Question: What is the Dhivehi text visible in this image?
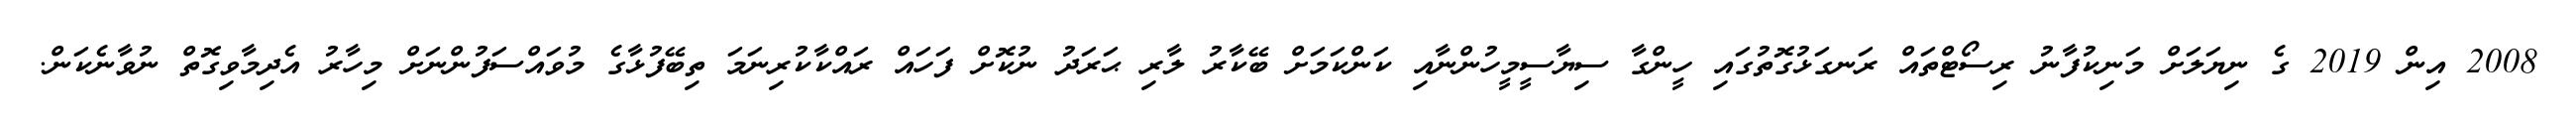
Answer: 2008 އިން 2019 ގެ ނިޔަލަށް މަނިކުފާނު ރިސޯޓްތައް ރަނގަޅުގޮތުގައި ހީންގާ ސިޔާސީމީހުންނާއި ކަންކަމަށް ބޭކާރު ލާރި ޙަރަދު ނުކޮށް ފަހައް ރައްކާކުރިނަމަ ތިބޭފުޅާގެ މުވައްސަފުންނަށް މިހާރު އެދިމާވިގޮތް ނުވާނެކަން.